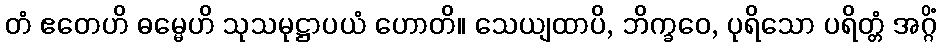
တံ ဧတေဟိ ဓမ္မေဟိ သုသမုဋ္ဌာပယံ ဟောတိ။ သေယျထာပိ, ဘိက္ခဝေ, ပုရိသော ပရိတ္တံ အဂ္ဂိံ